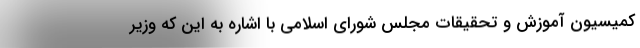
کمیسیون آموزش و تحقیقات مجلس شورای اسلامی با اشاره به این که وزیر